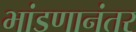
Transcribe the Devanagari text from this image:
भांडणानंतर